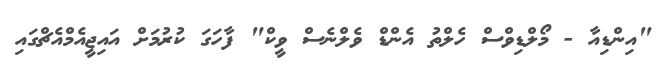
"އިންޑިއާ - މޯލްޑިވްސް ހެލްތު އެންޑް ވެލްނެސް ވީކް" ފާހަގަ ކުރުމަށް އައިޖީއެމްއެޗްގައި